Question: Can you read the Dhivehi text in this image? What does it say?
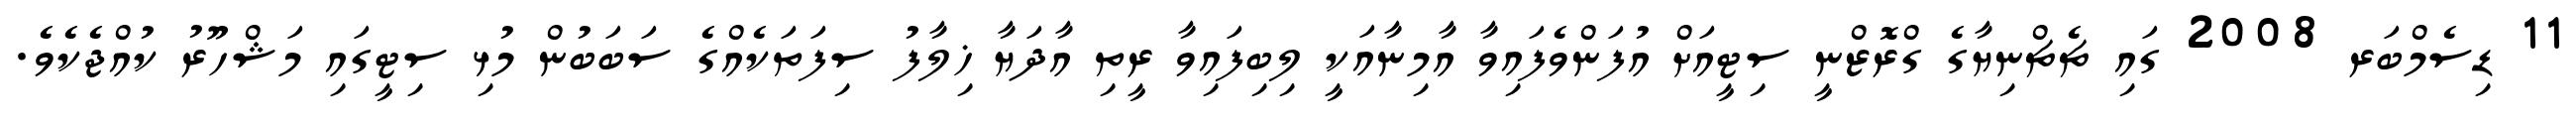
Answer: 11 ޑިސެމްބަރ 2008 ގައި ޗެޗްނިޔާގެ ގްރޮޒްނީ ސިޓީއަށް އުފަންވެފައިވާ އާމިނާއަކީ ލިބިފައިވާ ރީތި އާދަޔާ ޚިލާފު ސިފަތަކެއްގެ ސަބަބުން މުޅި ސިޓީގައި މަޝްހޫރު ކުއްޖެކެވެ.